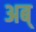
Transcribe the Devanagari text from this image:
अब्